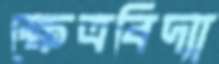
ক্ষেত্রবিদ্যা